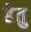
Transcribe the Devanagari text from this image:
हेेतु